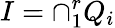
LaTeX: I=\cap_{1}^{r}Q_{i}